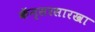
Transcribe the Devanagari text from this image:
कॅन्सरसारखा